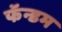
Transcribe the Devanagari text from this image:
फॅन्डम